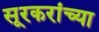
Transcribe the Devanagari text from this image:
सूरकरांच्या